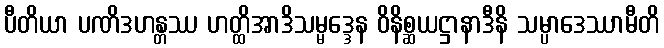
ပီတိယာ ပဏိဒဟန္တဿ ဟတ္ထိအာဒိသမ္မဒ္ဒေန ဝိနိစ္ဆယဋ္ဌာနာဒီနိ သမ္ပာဒေဿာမီတိ